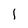
Character: 1